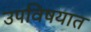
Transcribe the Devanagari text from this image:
उपविषयात